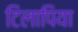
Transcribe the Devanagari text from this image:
टिलापिया